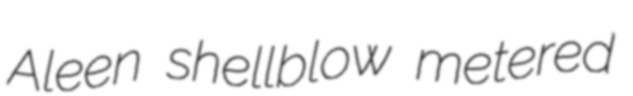
Aleen shellblow metered